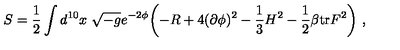
S = { \frac { 1 } { 2 } } \int d ^ { 1 0 } x \ \sqrt { - g } e ^ { - 2 \phi } \biggl ( - R + 4 ( \partial \phi ) ^ { 2 } - { \frac { 1 } { 3 } } H ^ { 2 } - { \frac { 1 } { 2 } } \beta \mathrm { t r } F ^ { 2 } \biggr ) \ ,